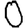
Digit: 0